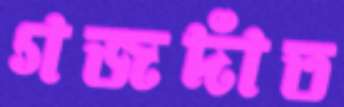
গজদাঁত